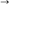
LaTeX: \vec { \mathbf { \nabla } }